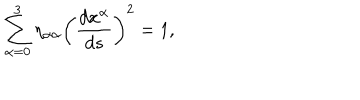
\sum _ { \alpha = 0 } ^ { 3 } \eta _ { \alpha \alpha } \left( \frac { d x ^ { \alpha } } { d s } \right) ^ { 2 } = 1 ,